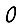
Digit: 0